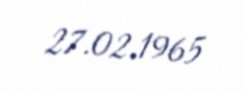
27.02.1965